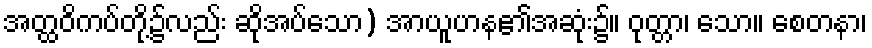
အတ္ထဝိကပ်တို့၌လည်း ဆိုအပ်သော) အာယူဟန၏အဆုံး၌။ ဝုတ္တာ၊ သော။ စေတနာ၊